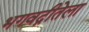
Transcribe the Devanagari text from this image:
भगवद्गीतेला